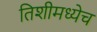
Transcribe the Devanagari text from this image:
तिशीमध्येच